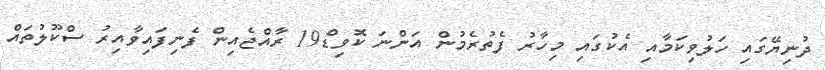
ދުނިޔޭގައި ހަލުވިކަމާއި އެކުގައި މިހާރު ފެތުރެމުން އަންނަ ކޮވިޑް19 ރާއްޖެއިން ފެނިފައިވާއިރު ސްކޫލުތައް